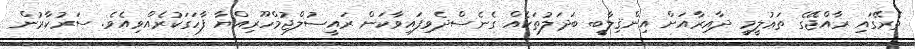
ތެރޭގައި ރާއްޖޭގެ ތަޢުލީމީ ދާއިރާއަށް އިންޤިލާބީ ބަދަލުތަކެއް ގެނެސްދެވިފައިވާކަން ރައީސުލްޖުމްހޫރިއްޔާ ފާހަގަކުރެއްވިއެވެ. ސަރުކާރުން